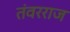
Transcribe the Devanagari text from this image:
तंवरराज